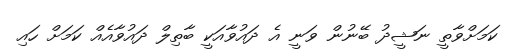
ކަމަށްވާތީ ނަޝީދު ބޭނުން ވަނީ އެ ދައުވާއަކީ ބާތިލް ދައުވާއެއް ކަމަށް ހައި